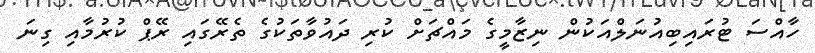
ހާއްސަ ޓުރައިބިއުނަލްއަކުން ނިޒާމީގެ މައްޗަށް ކުރި ދައުވާތަކުގެ ތެރޭގައި ރޭޕް ކުރުމާއި ގިނަ